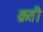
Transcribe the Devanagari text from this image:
क्रती